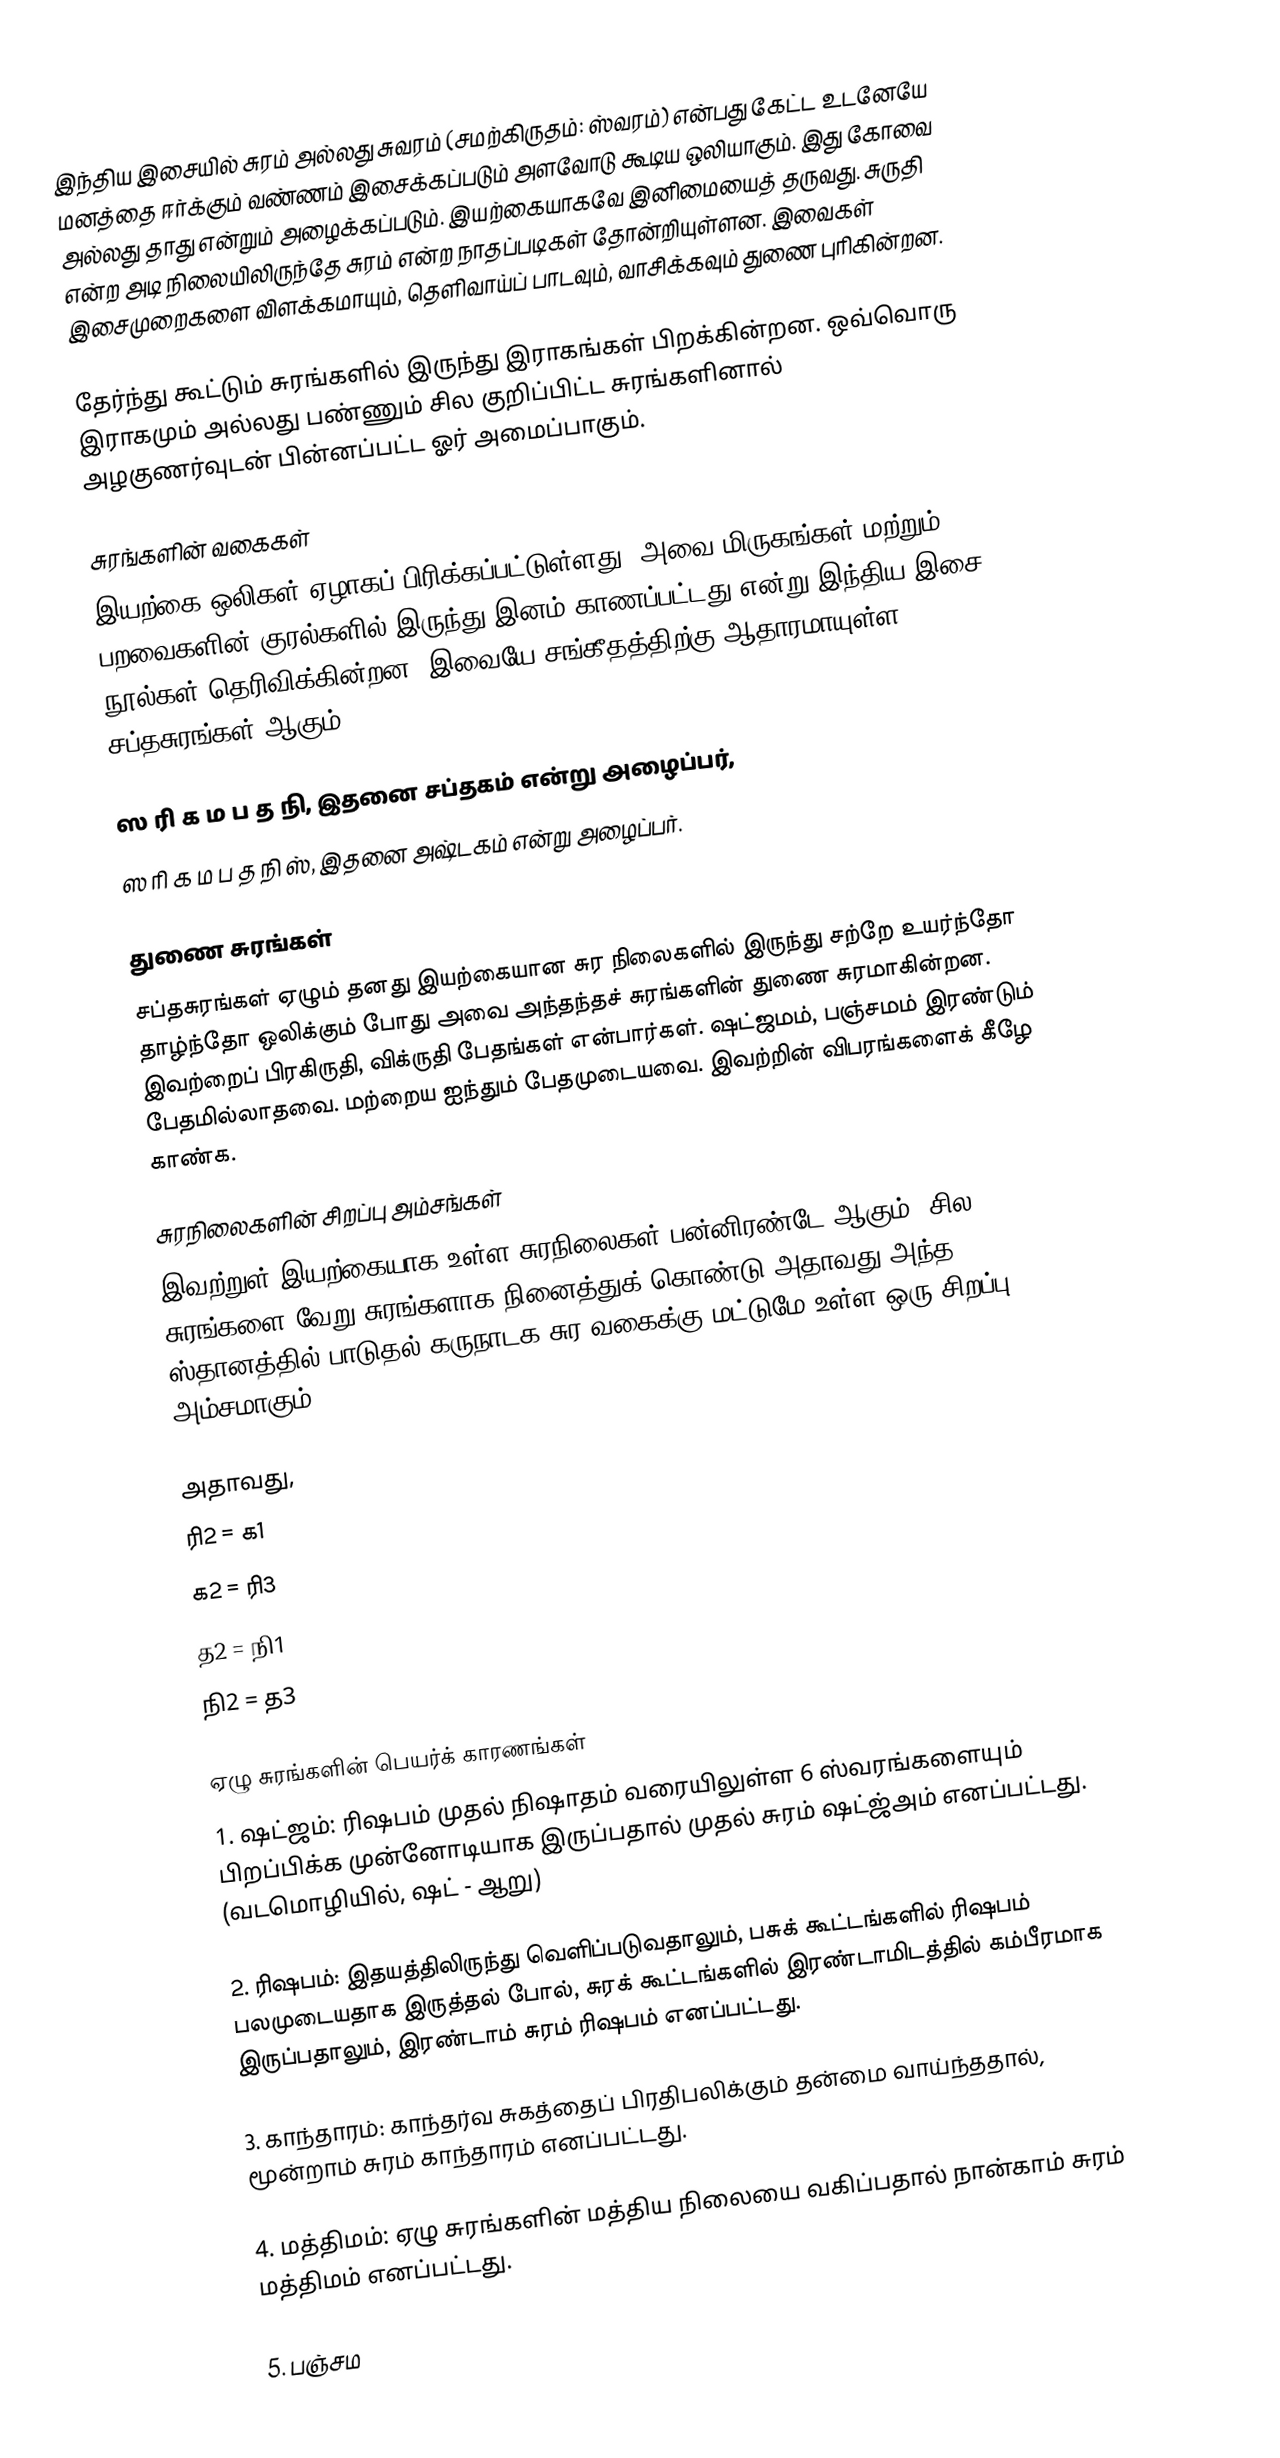
இந்திய இசையில் சுரம் அல்லது சுவரம் (சமற்கிருதம்: ஸ்வரம்) என்பது கேட்ட உடனேயே மனத்தை ஈர்க்கும் வண்ணம் இசைக்கப்படும் அளவோடு கூடிய ஒலியாகும். இது கோவை அல்லது தாது என்றும் அழைக்கப்படும். இயற்கையாகவே இனிமையைத் தருவது. சுருதி என்ற அடி நிலையிலிருந்தே சுரம் என்ற நாதப்படிகள் தோன்றியுள்ளன. இவைகள் இசைமுறைகளை விளக்கமாயும், தெளிவாய்ப் பாடவும், வாசிக்கவும் துணை புரிகின்றன.

தேர்ந்து கூட்டும் சுரங்களில் இருந்து இராகங்கள் பிறக்கின்றன. ஒவ்வொரு இராகமும் அல்லது பண்ணும் சில குறிப்பிட்ட சுரங்களினால் அழகுணர்வுடன் பின்னப்பட்ட ஓர் அமைப்பாகும்.

சுரங்களின் வகைகள்
இயற்கை ஒலிகள் ஏழாகப் பிரிக்கப்பட்டுள்ளது. அவை மிருகங்கள் மற்றும் பறவைகளின் குரல்களில் இருந்து இனம் காணப்பட்டது என்று இந்திய இசை நூல்கள் தெரிவிக்கின்றன. இவையே சங்கீதத்திற்கு ஆதாரமாயுள்ள சப்தசுரங்கள் ஆகும்.

 ஸ ரி க ம ப த நி, இதனை சப்தகம் என்று அழைப்பர்,
 ஸ ரி க ம ப த நி ஸ், இதனை அஷ்டகம் என்று அழைப்பர்.

துணை சுரங்கள்
சப்தசுரங்கள் ஏழும் தனது இயற்கையான சுர நிலைகளில் இருந்து சற்றே உயர்ந்தோ தாழ்ந்தோ ஒலிக்கும் போது அவை அந்தந்தச் சுரங்களின் துணை சுரமாகின்றன. இவற்றைப் பிரகிருதி, விக்ருதி பேதங்கள் என்பார்கள். ஷட்ஜமம், பஞ்சமம் இரண்டும் பேதமில்லாதவை. மற்றைய ஐந்தும் பேதமுடையவை. இவற்றின் விபரங்களைக் கீழே காண்க.

சுரநிலைகளின் சிறப்பு அம்சங்கள்
இவற்றுள் இயற்கையாக உள்ள சுரநிலைகள் பன்னிரண்டே ஆகும். சில சுரங்களை வேறு சுரங்களாக நினைத்துக் கொண்டு அதாவது அந்த ஸ்தானத்தில் பாடுதல் கருநாடக சுர வகைக்கு மட்டுமே உள்ள ஒரு சிறப்பு அம்சமாகும்.

அதாவது,
 ரி2 = க1
 க2 = ரி3
 த2 = நி1
 நி2 = த3

ஏழு சுரங்களின் பெயர்க் காரணங்கள்
1. ஷட்ஜம்: ரிஷபம் முதல் நிஷாதம் வரையிலுள்ள 6 ஸ்வரங்களையும் பிறப்பிக்க முன்னோடியாக இருப்பதால் முதல் சுரம் ஷட்ஜ்அம் எனப்பட்டது. (வடமொழியில், ஷட் - ஆறு)

2. ரிஷபம்: இதயத்திலிருந்து வெளிப்படுவதாலும், பசுக் கூட்டங்களில் ரிஷபம் பலமுடையதாக இருத்தல் போல், சுரக் கூட்டங்களில் இரண்டாமிடத்தில் கம்பீரமாக இருப்பதாலும், இரண்டாம் சுரம் ரிஷபம் எனப்பட்டது.

3. காந்தாரம்: காந்தர்வ சுகத்தைப் பிரதிபலிக்கும் தன்மை வாய்ந்ததால், மூன்றாம் சுரம் காந்தாரம் எனப்பட்டது.

4. மத்திமம்: ஏழு சுரங்களின் மத்திய நிலையை வகிப்பதால் நான்காம் சுரம் மத்திமம் எனப்பட்டது.

5. பஞ்சம